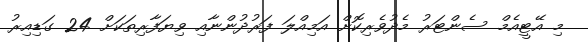
މި އޭޓީއެމް ސެންޓަރު މެދުވެރިކޮށް އަމިއްލަ ފަރުދުންނާއި ވިޔަފާރިތަކަށް 24 ގަޑިއިރު